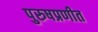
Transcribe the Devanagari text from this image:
पुरुषप्रणीत